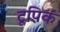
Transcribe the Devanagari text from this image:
टूपिक